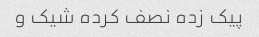
پیک زده نصف کرده شیک و